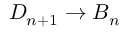
D _ { n + 1 } \to B _ { n }